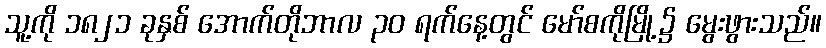
သူ့ကို ၁၈၂၁ ခုနှစ် အောက်တိုဘာလ ၃၀ ရက်နေ့တွင် မော်စကိုမြို့၌ မွေးဖွားသည်။